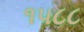
૧૫૮૮